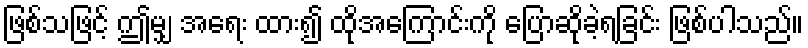
ဖြစ်သဖြင့် ဤမျှ အရေး ထား၍ ထိုအကြောင်းကို ပြောဆိုခဲ့ရခြင်း ဖြစ်ပါသည်။